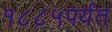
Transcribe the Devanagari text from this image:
१८८५पर्यंत